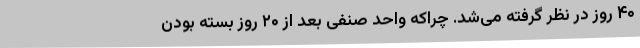
۴۰ روز در نظر گرفته می‌شد. چراکه واحد صنفی بعد از ۲۰ روز بسته بودن